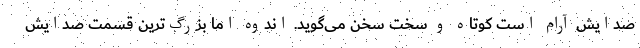
صدایش آرام است کوتاه و سخت سخن می‌گوید. اندوه اما بزرگ‌ترین قسمت صدایش